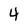
Character: 4